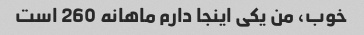
خوب، من یکی اینجا دارم ماهانه 260 است